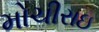
મોચીરાઇ